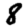
Digit: 8